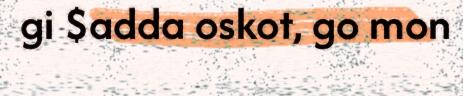
gi $adda oskot, go mon